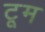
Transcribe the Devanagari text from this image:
टूम